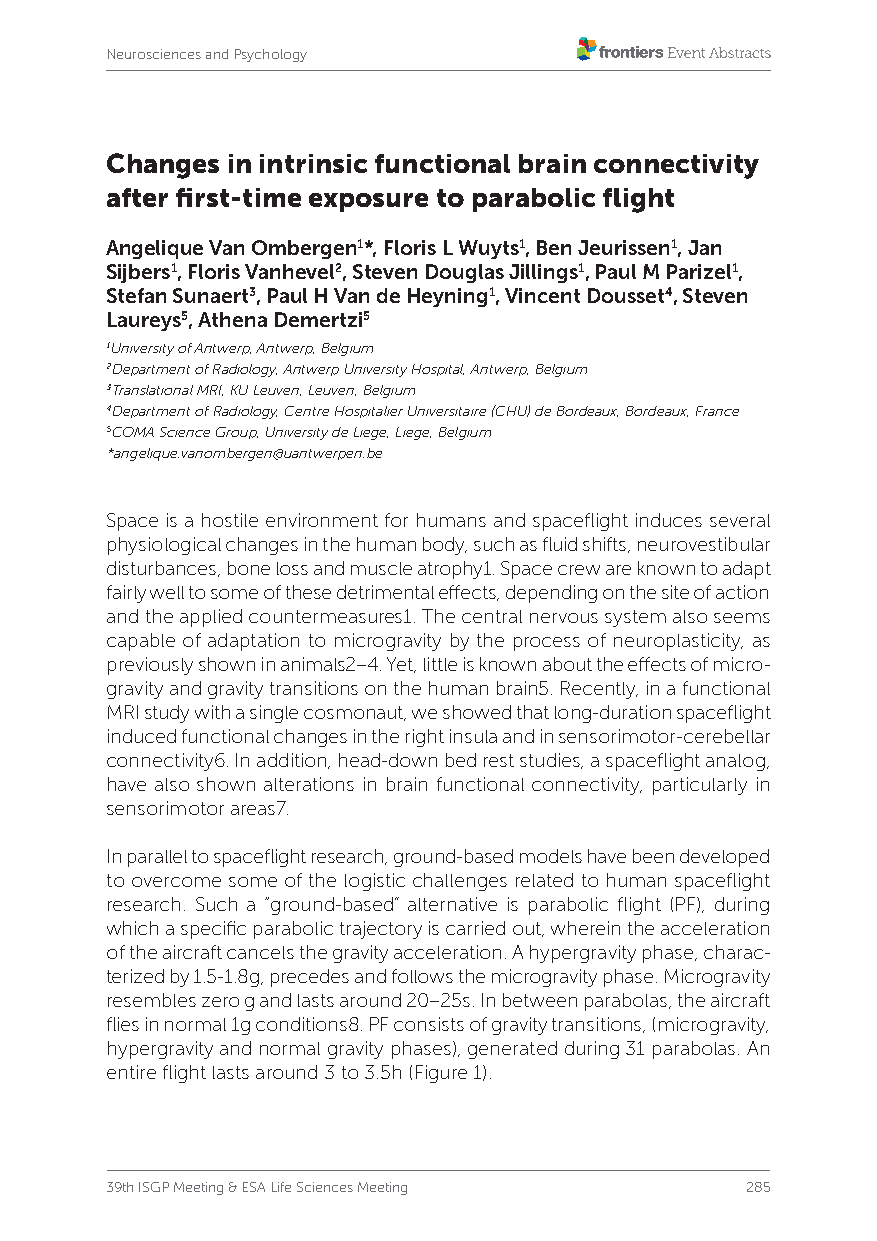
Neurosciences and Psychology
 Changes in intrinsic functional brain connectivity
 after first-time exposure to parabolic flight
 Angelique Van Ombergen1*, Floris L Wuyts1, Ben Jeurissen1, Jan
 Sijbers1, Floris Vanhevel2, Steven Douglas Jillings1, Paul M Parizel1,
 Stefan Sunaert3, Paul H Van de Heyning1, Vincent Dousset4, Steven
 Laureys5, Athena Demertzi5
 1University of Antwerp, Antwerp, Belgium
 2Department of Radiology, Antwerp University Hospital, Antwerp, Belgium
 3Translational MRI, KU Leuven, Leuven, Belgium
 4Department of Radiology, Centre Hospitalier Universitaire (CHU) de Bordeaux, Bordeaux, France
 5COMA Science Group, University de Liege, Liege, Belgium
 *angelique.vanombergen@uantwerpen.be
 Space is a hostile environment for humans and spaceflight induces several
 physiological changes in the human body, such as fluid shifts, neurovestibular
 disturbances, bone loss and muscle atrophy1. Space crew are known to adapt
 fairly well to some of these detrimental effects, depending on the site of action
 and the applied countermeasures1. The central nervous system also seems
 capable of adaptation to microgravity by the process of neuroplasticity, as
 previously shown in animals2–4. Yet, little is known about the effects of micro-
 gravity and gravity transitions on the human brain5. Recently, in a functional
 MRI study with a single cosmonaut, we showed that long-duration spaceflight
 induced functional changes in the right insula and in sensorimotor-cerebellar
 connectivity6. In addition, head-down bed rest studies, a spaceflight analog,
 have also shown alterations in brain functional connectivity, particularly in
 sensorimotor areas7.
 In parallel to spaceflight research, ground-based models have been developed
 to overcome some of the logistic challenges related to human spaceflight
 research. Such a “ground-based” alternative is parabolic flight (PF), during
 which a specific parabolic trajectory is carried out, wherein the acceleration
 of the aircraft cancels the gravity acceleration. A hypergravity phase, charac-
 terized by 1.5-1.8g, precedes and follows the microgravity phase. Microgravity
 resembles zero g and lasts around 20–25s. In between parabolas, the aircraft
 flies in normal 1g conditions8. PF consists of gravity transitions, (microgravity,
 hypergravity and normal gravity phases), generated during 31 parabolas. An
 entire flight lasts around 3 to 3.5h (Figure 1).
 39th ISGP Meeting & ESA Life Sciences Meeting 285